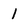
Character: 1